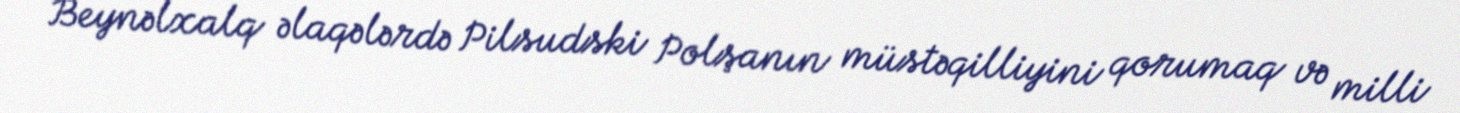
Beynəlxalq əlaqələrdə Pilsudski Polşanın müstəqilliyini qorumaq və milli